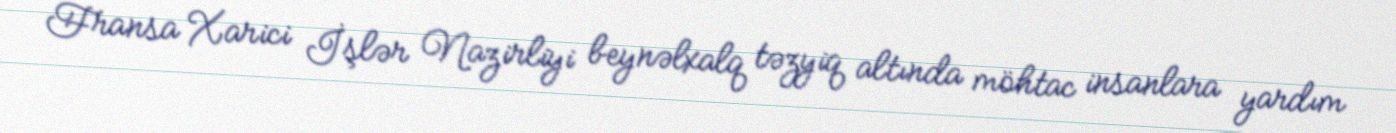
Fransa Xarici İşlər Nazirliyi beynəlxalq təzyiq altında möhtac insanlara yardım